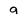
Character: 9